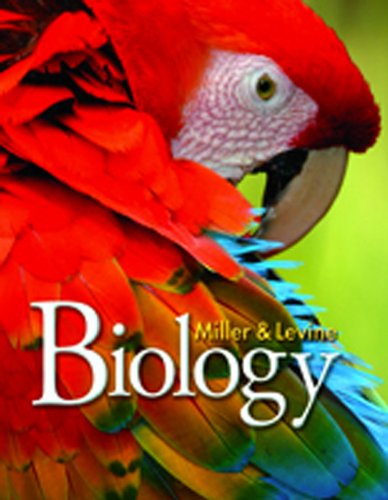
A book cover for MILLER LEVINE BIOLOGY 2010 STUDY WORKBOOK A GRADE 9/10; PRENTICE HALL; Test Preparation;